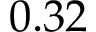
0 . 3 2